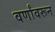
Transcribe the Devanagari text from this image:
वर्णांवरून